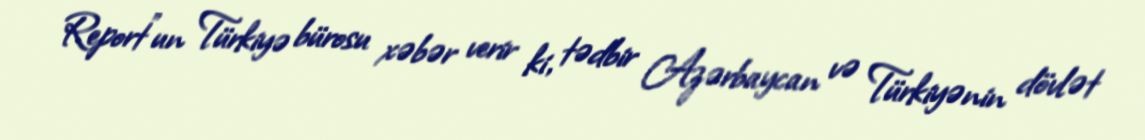
Report"un Türkiyə bürosu xəbər verir ki, tədbir Azərbaycan və Türkiyənin dövlət